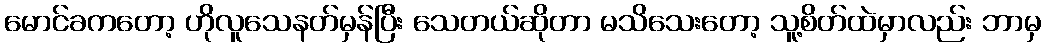
မောင်ခကတော့ ဟိုလူသေနတ်မှန်ပြီး သေတယ်ဆိုတာ မသိသေးတော့ သူ့စိတ်ထဲမှာလည်း ဘာမှ